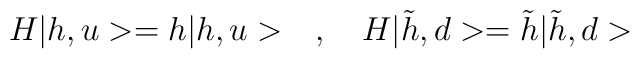
H|h,u> = h|h,u> \quad , \quad H|\tilde h,d> = \tilde h|\tilde h,d>